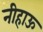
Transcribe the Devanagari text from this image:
नीहाऊ